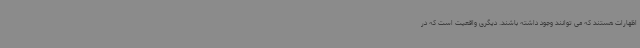
اظهارات هستند که می توانند وجود داشته باشند. دیگری واقعیت است که در